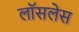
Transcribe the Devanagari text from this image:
लॉसलेस